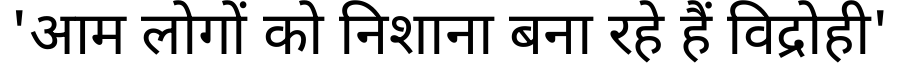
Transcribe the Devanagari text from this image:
'आम लोगों को निशाना बना रहे हैं विद्रोही'